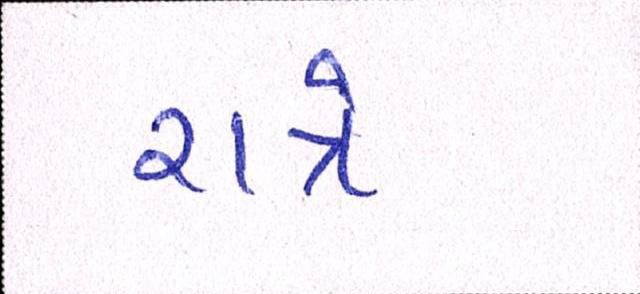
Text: રાત્રે